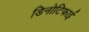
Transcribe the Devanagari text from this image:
डिनोटिफाई